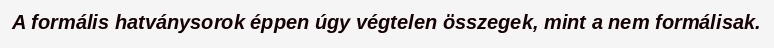
A formális hatványsorok éppen úgy végtelen összegek, mint a nem formálisak.